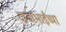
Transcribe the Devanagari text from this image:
दादाभाईंच्या